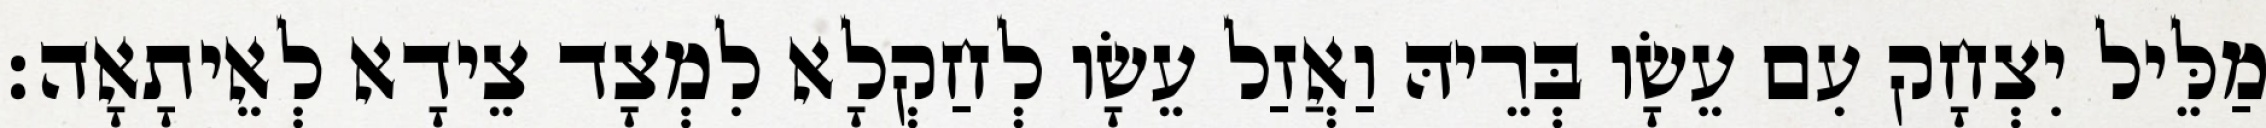
מַלֵּיל יִצְחָק עִם עֵשָׂו בְּרֵיהּ וַאֲזַל עֵשָׂו לְחַקְלָא לִמְצָד צֵידָא לְאֵיתָאָה׃